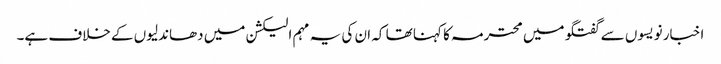
اخبار نویسوں سے گفتگو میں محترمہ کا کہنا تھا کہ ان کی یہ مہم الیکشن میں دھاندلیوں کے خلاف ہے۔